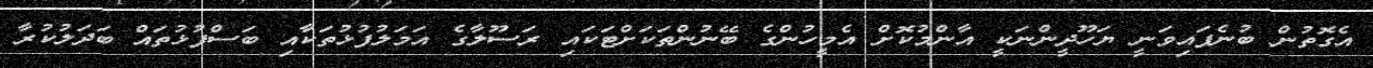
އެގޮތުން ބުނެފައިވަނީ ޔަހޫދީންނަކީ އާންމުކޮށް އެމީހުންގެ ބޭނުންތަކަށްޓަކައި ރަސޫލާގެ އަމަލުފުޅުތަކާއި ބަސްފުޅުތައް ބަދަލުކުރާ